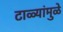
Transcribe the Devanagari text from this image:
टाळ्यांमुळे